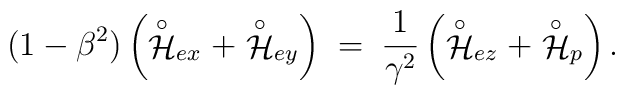
(1 - \beta^2) \left( \stackrel{\circ}{\cal H}_{ex} + \stackrel{\circ}{\cal H}_{ey} \right) \; = \; \frac{1}{\gamma^2} \left( \stackrel{\circ}{\cal H}_{ez} + \stackrel{\circ}{\cal H}_p \right) .